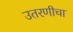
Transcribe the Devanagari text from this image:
उतरणीचा